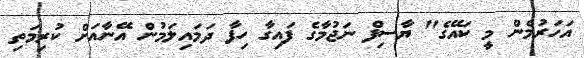
އަހަރުމެން މީ ކައޭގެ" ޔާސިފް ނަޖުމާގެ ފައިގާ ހިފާ ދަމައިލަމުން އޭނާއަށް ކުރިމަތި